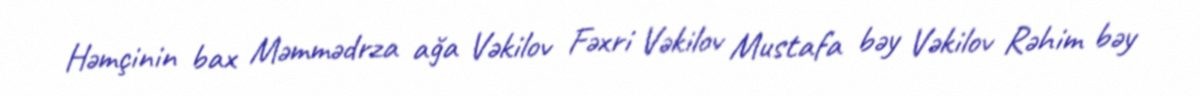
Həmçinin bax Məmmədrza ağa Vəkilov Fəxri Vəkilov Mustafa bəy Vəkilov Rəhim bəy